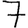
Digit: 7